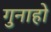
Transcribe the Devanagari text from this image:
गुनाहो